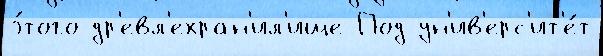
э́того др'евл'ехран'ил'ище Под ун'ив'ерс'ит'е́т